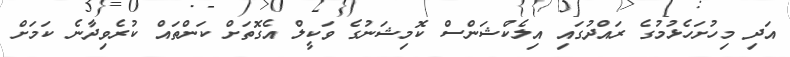
އަދި މިހުށަހެޅުމުގެ ރައްދުގައި އިލެކްޝަންސް ކޮމިޝަނުގެ ވަކީލް އެގޮތަށް ކަންތައް ކުރެވިދާނެ ކަމަށް